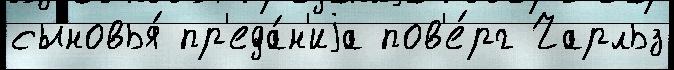
сыновья́ пр'еда́н'иjа пов'е́рг Чарльз